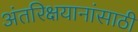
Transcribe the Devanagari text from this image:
अंतरिक्षयानांसाठी